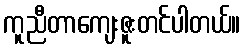
ကူညီတာကျေးဇူးတင်ပါတယ်။